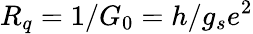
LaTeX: R_{q}=1/G_{0}=h/g_{s}e^{2}